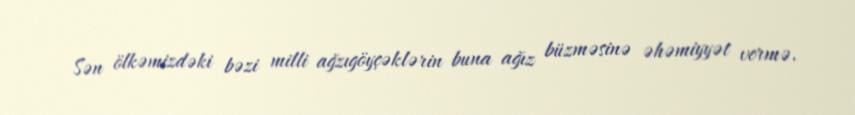
Sən ölkəmizdəki bəzi milli ağzıgöyçəklərin buna ağız büzməsinə əhəmiyyət vermə.